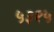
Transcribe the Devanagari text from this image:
५३१५